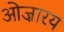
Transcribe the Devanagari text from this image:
ओज़ारय